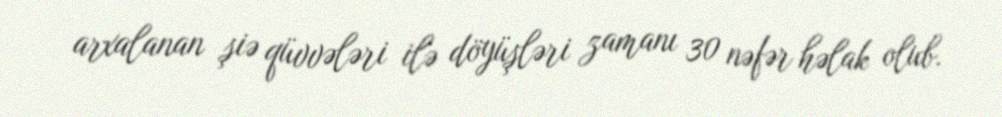
arxalanan şiə qüvvələri ilə döyüşləri zamanı 30 nəfər həlak olub.